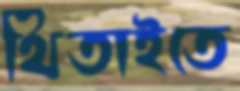
থিতাইতে